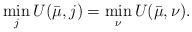
LaTeX: \begin{align*}\min_{j} U(\bar{\mu},j) = \min_{\nu} U(\bar{\mu},\nu).\end{align*}